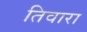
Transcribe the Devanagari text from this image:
तिवारा